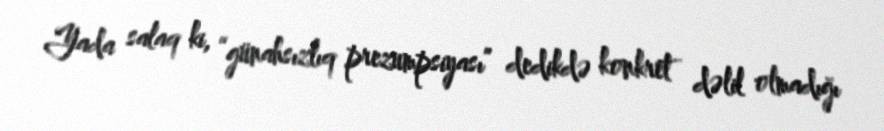
Yada salaq ki, “günahsızlıq prezumpsiyası” dedikdə konkret dəlil olmadığı